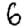
Digit: 6